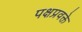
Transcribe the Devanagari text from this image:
पक्षप्रवक्ते